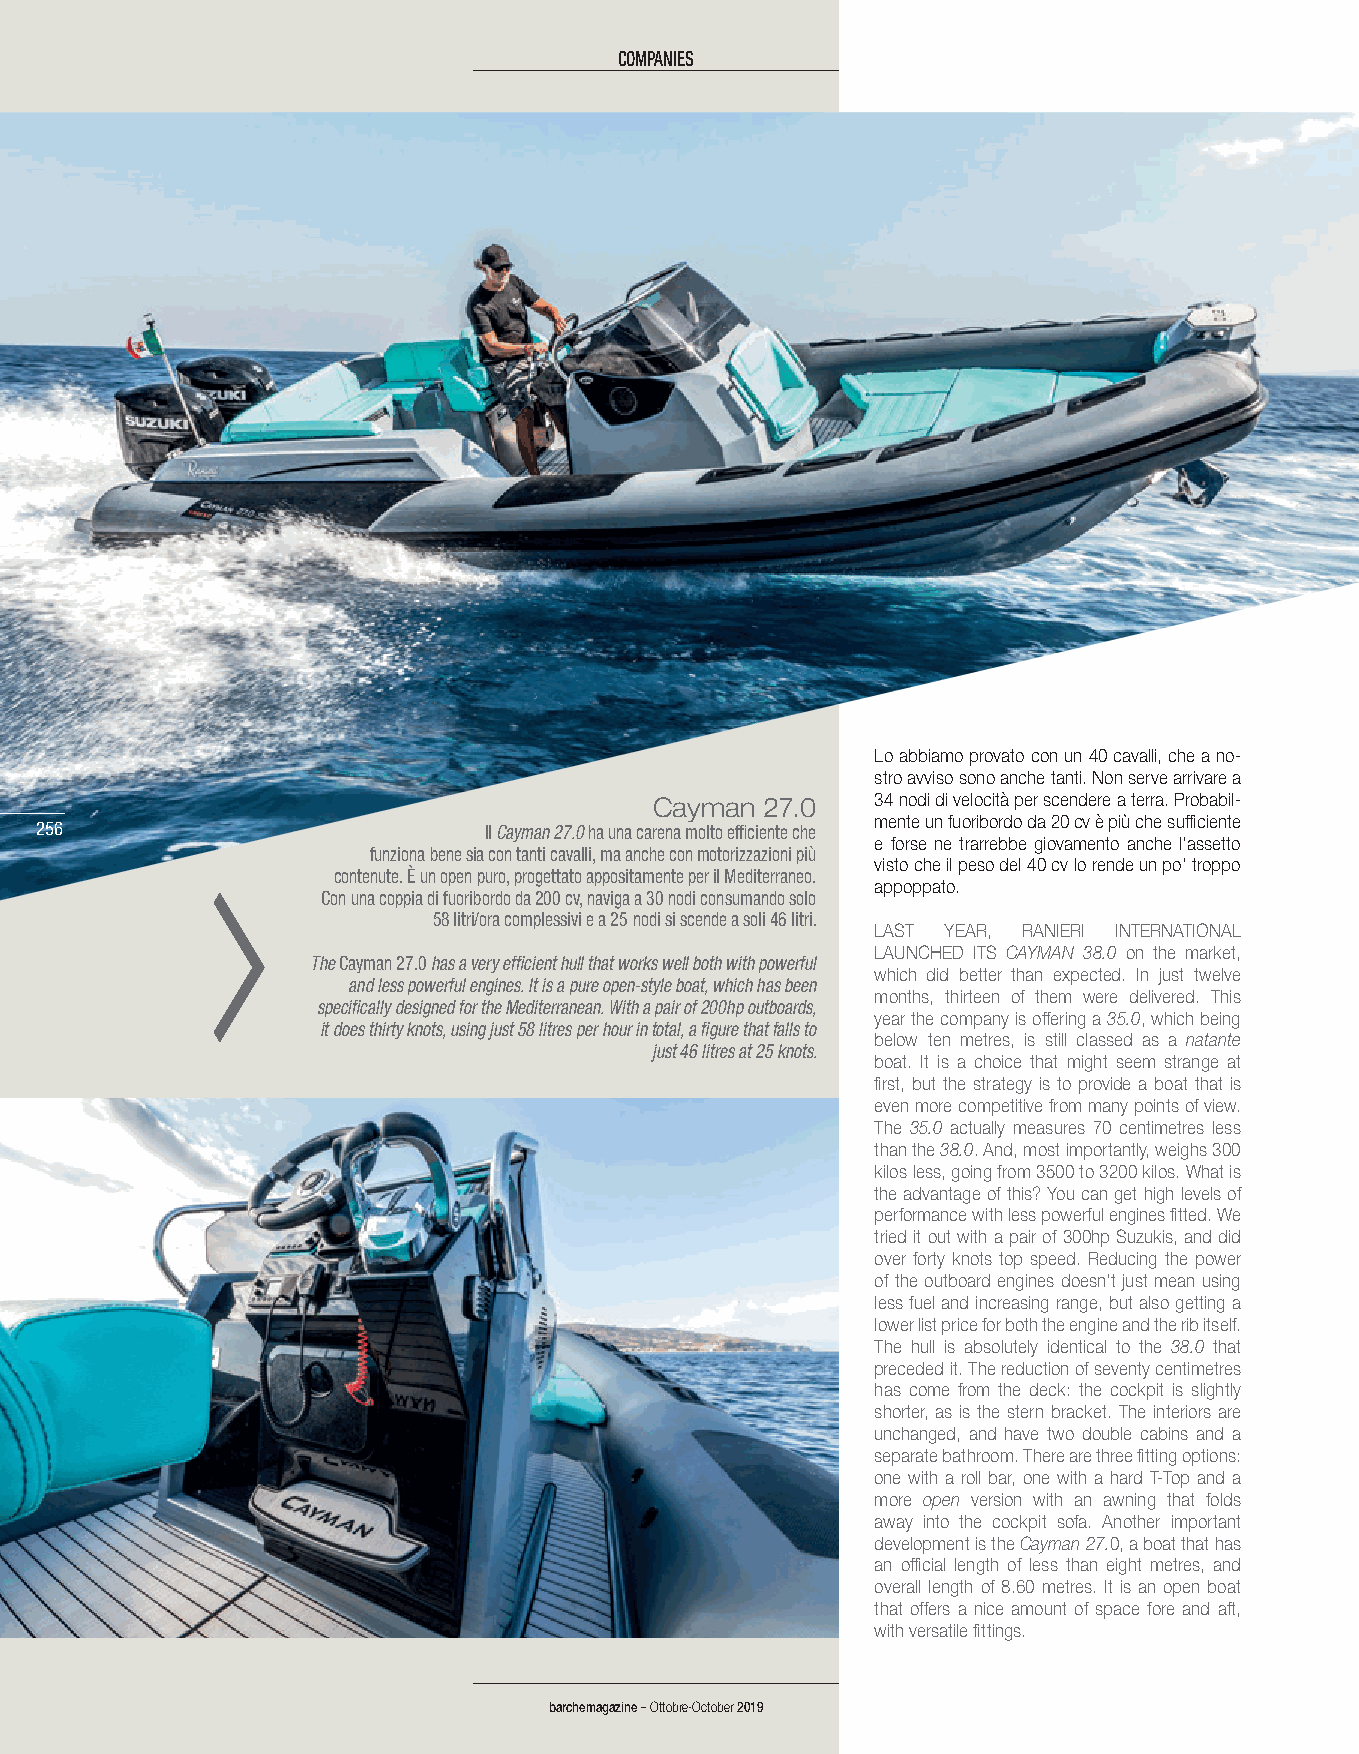
CCOOMMPPAANNIIEESS
 Lo abbiamo provato con un 40 cavalli, che a no-
 stro avviso sono anche tanti. Non serve arrivare a
 Cayman 27.0    34 nodi di velocità per scendere a terra. Probabil-
 mente un fuoribordo da 20 cv è più che sufficiente
 225566                        Il Cayman 27.0 ha una carena molto efficiente che
 e forse ne trarrebbe giovamento anche l’assetto
 funziona bene sia con tanti cavalli, ma anche con motorizzazioni più
 visto che il peso del 40 cv lo rende un po’ troppo
 contenute. È un open puro, progettato appositamente per il Mediterraneo.
 appoppato.
 Con una coppia di fuoribordo da 200 cv, naviga a 30 nodi consumando solo
 58 litri/ora complessivi e a 25 nodi si scende a soli 46 litri.
 LAST YEAR, RANIERI INTERNATIONAL
 LAUNCHED ITS CAYMAN 38.0 on the market,
 The Cayman 27.0 has a very efficient hull that works well both with powerful
 which did better than expected. In just twelve
 and less powerful engines. It is a pure open-style boat, which has been
 months, thirteen of them were delivered. This
 specifically designed for the Mediterranean. With a pair of 200hp outboards,
 year the company is offering a 35.0, which being
 it does thirty knots, using just 58 litres per hour in total, a figure that falls to
 below ten metres, is still classed as a natante
 just 46 litres at 25 knots.
 boat. It is a choice that might seem strange at
 first, but the strategy is to provide a boat that is
 even more competitive from many points of view.
 The 35.0 actually measures 70 centimetres less
 than the 38.0. And, most importantly, weighs 300
 kilos less, going from 3500 to 3200 kilos. What is
 the advantage of this? You can get high levels of
 performance with less powerful engines fitted. We
 tried it out with a pair of 300hp Suzukis, and did
 over forty knots top speed. Reducing the power
 of the outboard engines doesn’t just mean using
 less fuel and increasing range, but also getting a
 lower list price for both the engine and the rib itself.
 The hull is absolutely identical to the 38.0 that
 preceded it. The reduction of seventy centimetres
 has come from the deck: the cockpit is slightly
 shorter, as is the stern bracket. The interiors are
 unchanged, and have two double cabins and a
 separate bathroom. There are three fitting options:
 one with a roll bar, one with a hard T-Top and a
 more open version with an awning that folds
 away into the cockpit sofa. Another important
 development is the Cayman 27.0, a boat that has
 an official length of less than eight metres, and
 overall length of 8.60 metres. It is an open boat
 that offers a nice amount of space fore and aft,
 with versatile fittings.
 bbaarrcchheemmaaggaazziinnee –– OOttttoobbrree--OOccttoobbeerr 22001199
 